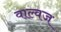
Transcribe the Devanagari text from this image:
वाल्वज